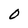
Character: O